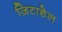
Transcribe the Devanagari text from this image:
ज़िटाडेल